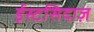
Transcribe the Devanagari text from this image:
ईस्टसिदाज़